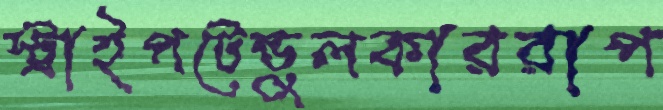
স্ট্রাইপটেন্ডুলকাররাপ